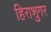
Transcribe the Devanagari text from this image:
हिराशुगर